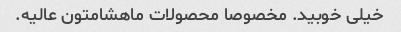
خیلی خوبید. مخصوصا محصولات ماهشامتون عالیه.